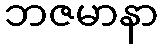
ဘဇမာနာ